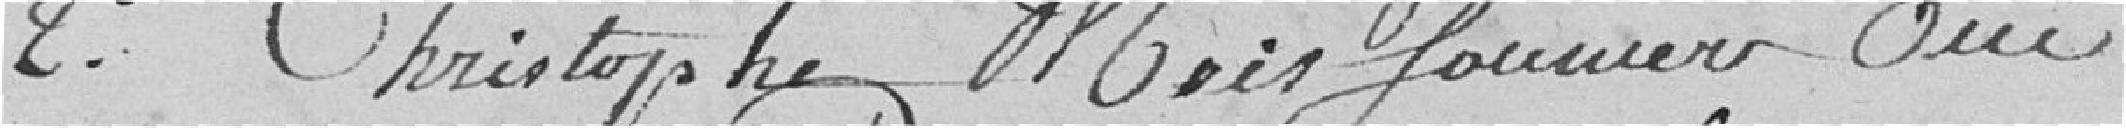
2°. Christophe Moissonnier oui